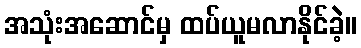
အသုံးအဆောင်မှ ထပ်ယူမလာနိုင်ခဲ့။